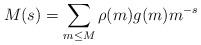
LaTeX: \begin{align*} M(s)=\sum_{m\le M}\rho(m)g(m)m^{-s}\end{align*}